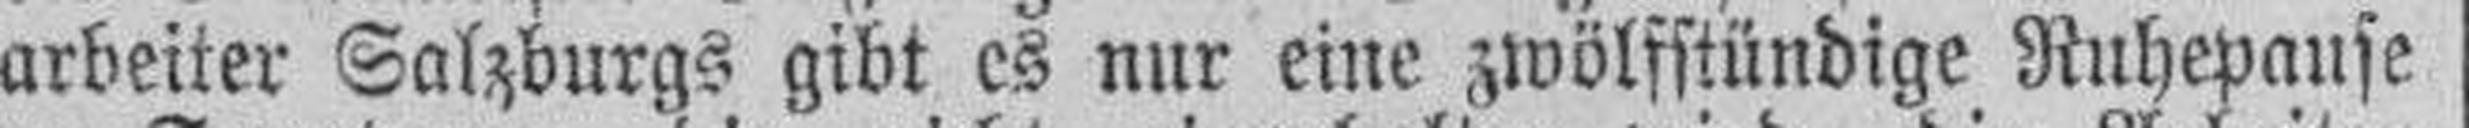
arbeiter Salzburgs gibt es nur eine zwölfstündige Ruhepause